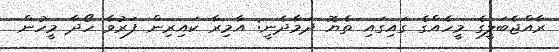
ރާއްޖެބަލީގެ މީހެއްގެ ގައިގައި ތެޔޮ ދަމާދެނީ: އާމިރާ ކައިރިން ފަރުވާ ހޯދާ މީހުން